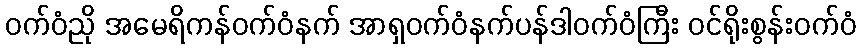
ဝက်ဝံညို အမေရိကန်ဝက်ဝံနက် အာရှဝက်ဝံနက်ပန်ဒါဝက်ဝံကြီး ဝင်ရိုးစွန်းဝက်ဝံ